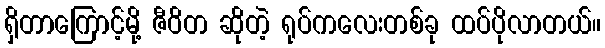
ရှိတာကြောင့်မို့ ဇီဝိတ ဆိုတဲ့ ရုပ်ကလေးတစ်ခု ထပ်ပိုလာတယ်။